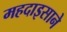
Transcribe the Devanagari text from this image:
महदाइसाने